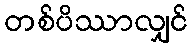
တစ်ပိဿာလျှင်